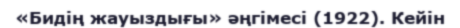
«Бидің жауыздығы» әңгімесі (1922). Кейін